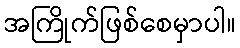
အကြိုက်ဖြစ်စေမှာပါ။